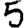
Digit: 5